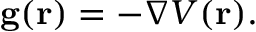
\mathbf { g } ( \mathbf { r } ) = - \nabla V ( \mathbf { r } ) .